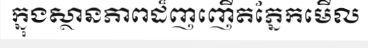
ក្នុងស្ថានភាពដ៏ញញើតភ្នែកមើល